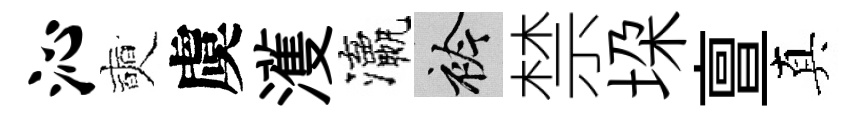
沁奭虞濩瀛衿禁垜亶真